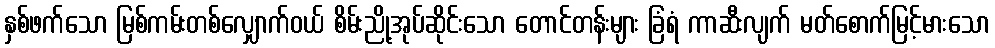
နှစ်ဖက်သော မြစ်ကမ်းတစ်လျှောက်ဝယ် စိမ်းညို့အုပ်ဆိုင်းသော တောင်တန်းများ ခြံရံ ကာဆီးလျက် မတ်စောက်မြင့်မားသော